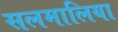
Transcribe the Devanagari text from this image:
सलमालिया